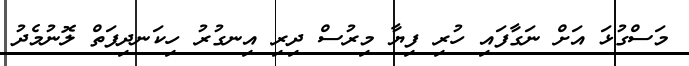
މަސްގުޅަ އަށް ނަގާފައި ހުރި ފިޔާ މިރުސް ދިރި އިނގުރު ހިކަނދިފަތް ލޮނުމެދު